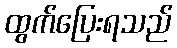
ထွက်ပြေးရသည်